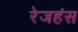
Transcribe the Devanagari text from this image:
रेजहंस